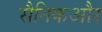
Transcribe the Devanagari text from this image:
सैनिकऔर